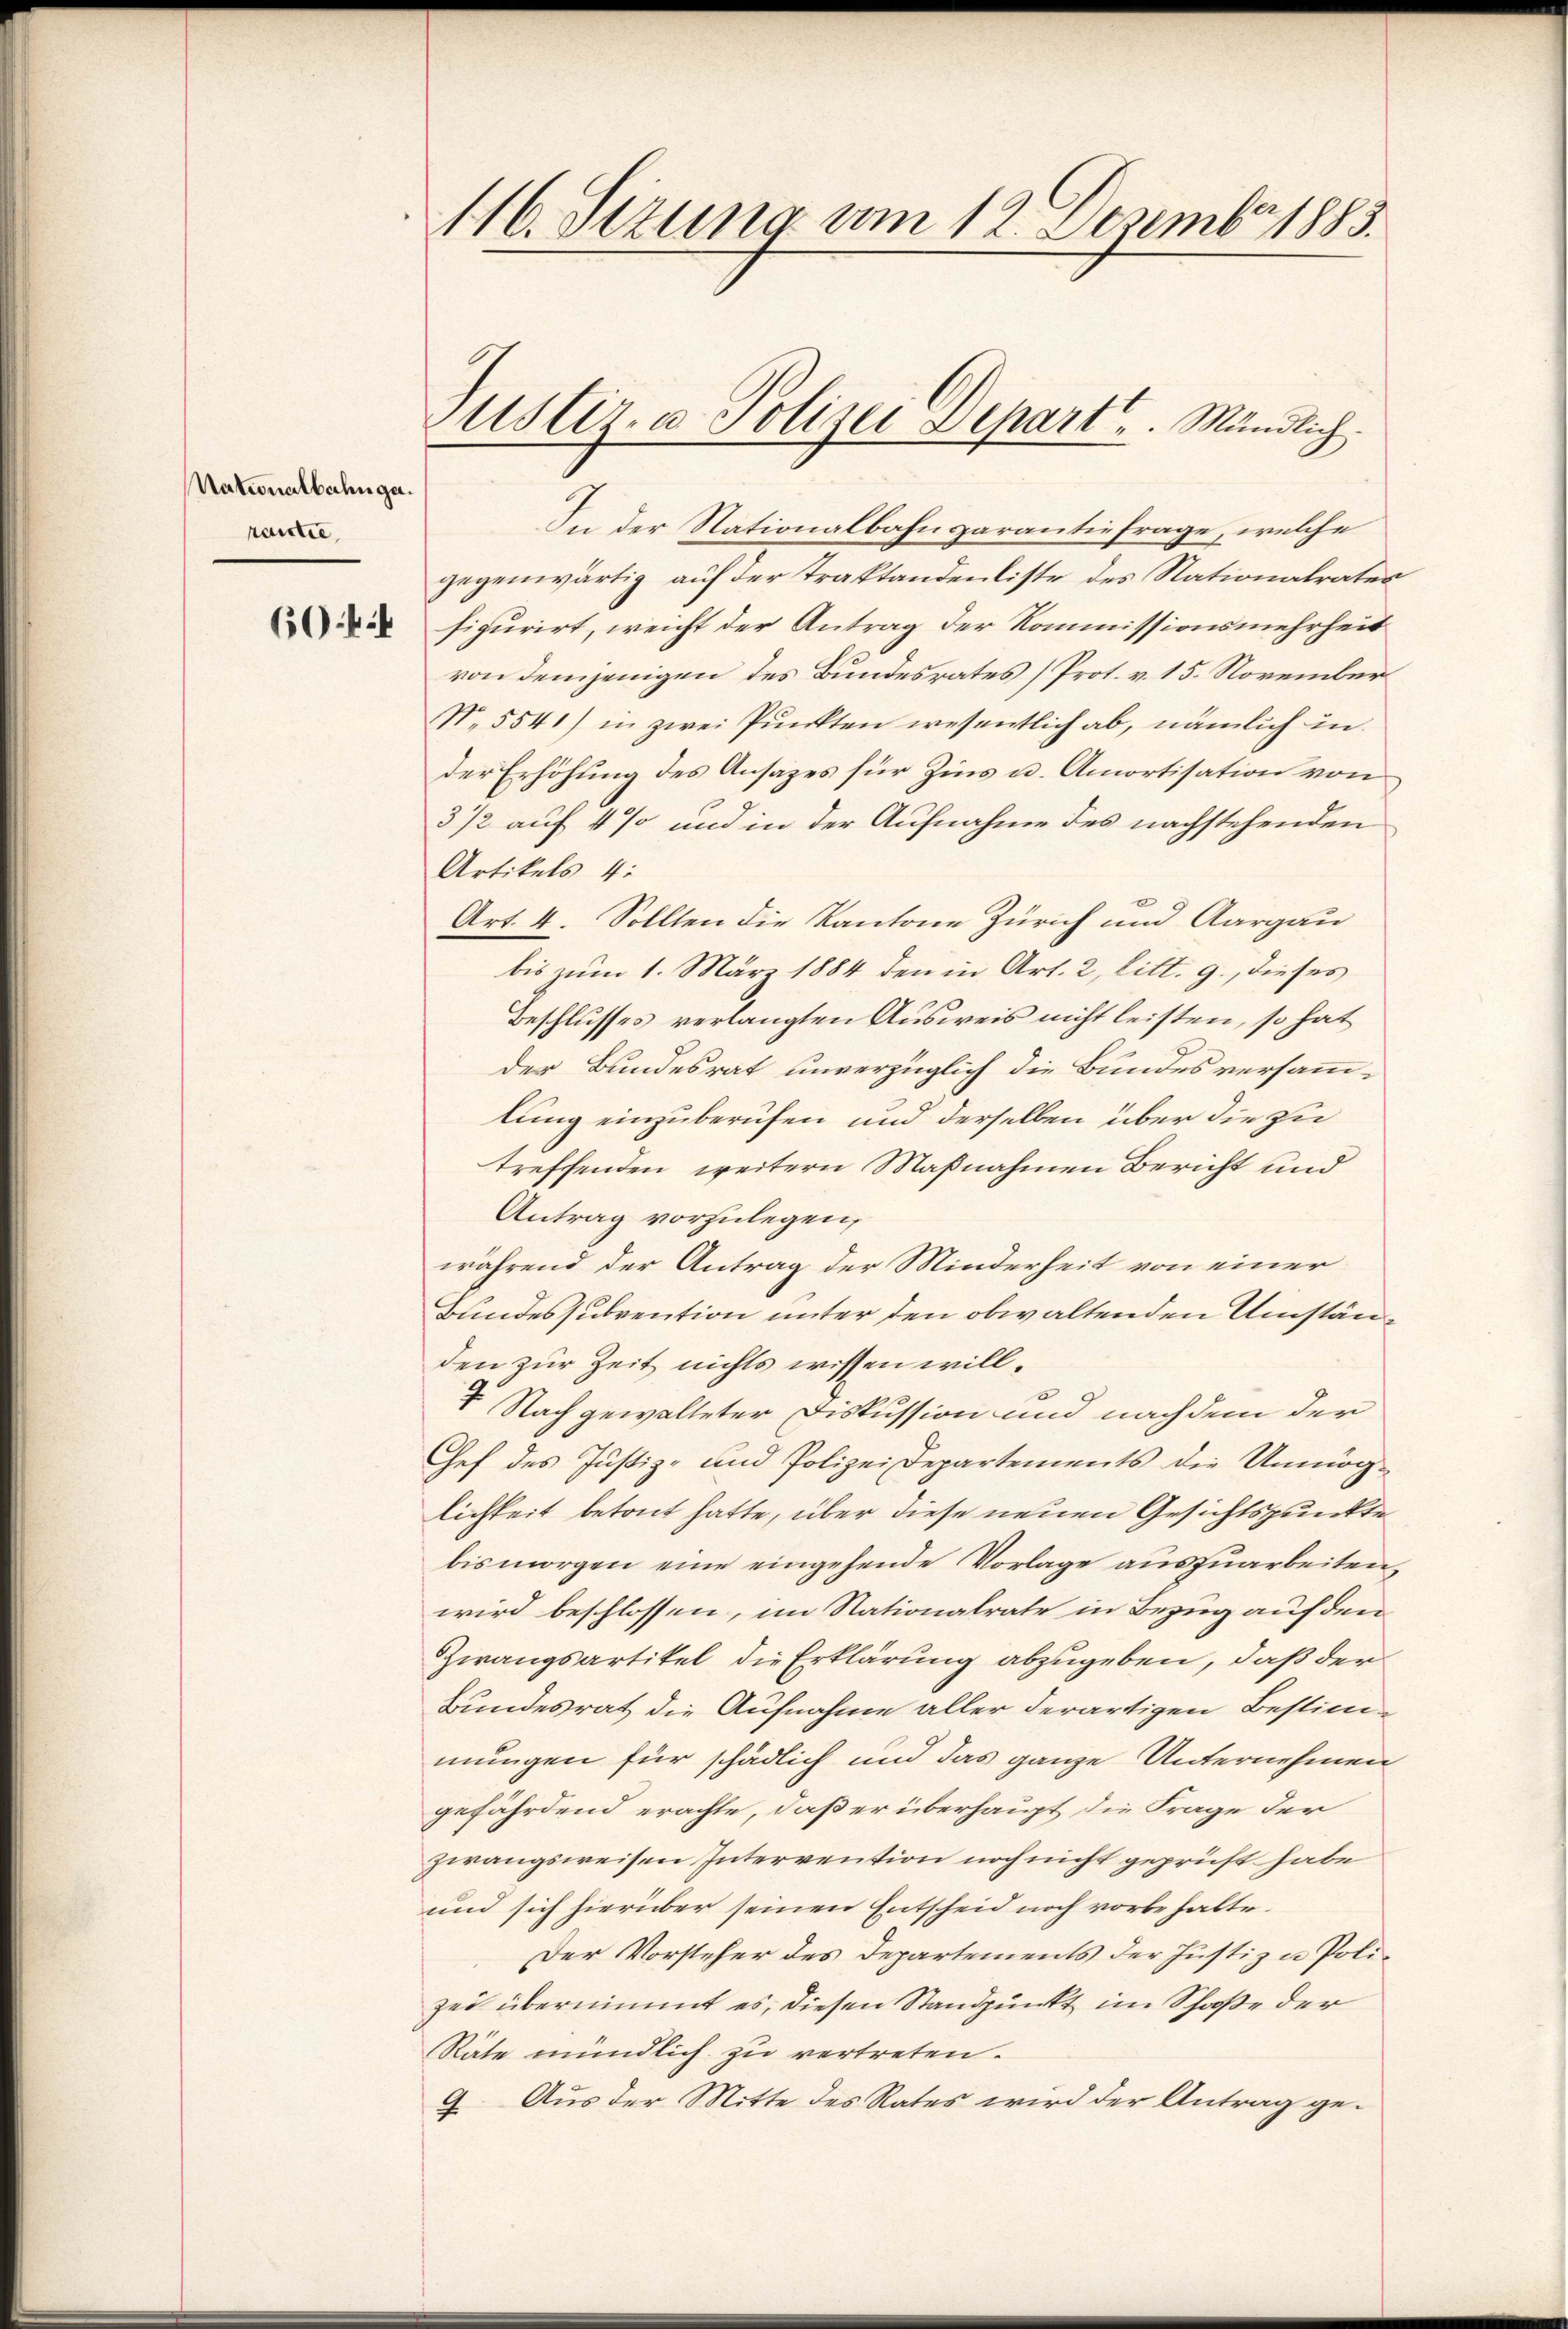
Nationalbahngerantie,

116. Sizung vom 12. Dezember 1883.

Justiz- u Polizei Departe Mändlich.

In der Nationalbahngarantie frage, welche
gegenwärtig auf der Traktandenliste des Stationalrates
 figurirt, weicht der Antrag der Kommissionsmehrheit
von demjenigen des Bundesrates (Prot. v. 15. November
No. 5541) in zwei Punkten wesentlich ab, nämlich in
der Erhöhung des Ansatzes für Zins u. Amortisation von
3/2 auf 4 % und in der Aufnahme des nachstehenden
Artikels 4:
Art. 4. Sollten die Kantone Zürich und Aargau
bis zum 1. März 1884 den in Art. 2, litt. g, dieses
Beschlusses verlangten Ausweis nicht leisten, so hat
der Bundesrat unverzüglich die Bundesversamm-
lung einzuberufen und derselben über die zu
treffenden weitern Maßnahmen Bericht und
Antrag vorzulegen,
während der Antrag der Minderheit von einer
Bundessubvention unter den obwaltenden Umständen zur Zeit nichts wissen will¬
4 Nach gewalteter Diskussion und nachdem der
Chef des Justiz- und Polizei Departements die Unmöglichkeit betont hatte, über diese neuen Gesichtspunkte
bismorgen eine eingehende Vorlage auszuarbeiten,
wird beschlossen, im Nationalrate in Bezug auf den
Zwangsartikel die Erklärung abzugeben, daß der
Bundesrat die Aufnahme aller derartigen Bestimmungen für schädlich und das ganze Unternehmen
gefährdend erachte, daß er überhaupt die Frage der
zwangsweisen Intervention noch nicht geprüft habe
und sich hierüber seinen Entscheid noch vorbehalte.
Der Vorsteher des Departements der Justiz & Polizei übernimmt es, diesen Standpunkt im Schaße der
Räte mündlich zu vertreten.
9. Aus der Mitte des Rates wird der Antrag ge¬